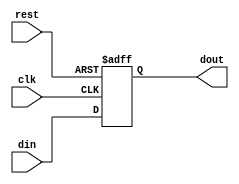
////////////////
/// PROGRAME COUNTER 
//////////////
`timescale 1ps/1ps 

 module PCREG (
		output reg [31:0] dout , 
		input rest,clk,  
		input [31:0] din 
 
 ); 
	always @(posedge clk, posedge rest)
		begin  #50
 
 
			if (rest)
			      dout <=0; 
				  
			else dout<= din;

		end 

 endmodule